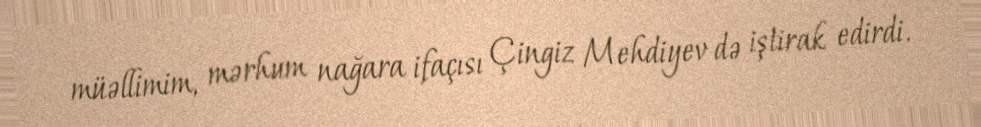
müəllimim, mərhum nağara ifaçısı Çingiz Mehdiyev də iştirak edirdi.